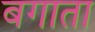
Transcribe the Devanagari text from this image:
बगाता